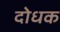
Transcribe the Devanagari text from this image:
दोधक